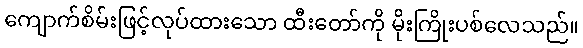
ကျောက်စိမ်းဖြင့်လုပ်ထားသော ထီးတော်ကို မိုးကြိုးပစ်လေသည်။